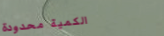
الكمية محدودة